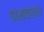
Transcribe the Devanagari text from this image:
पाश्चात्य।